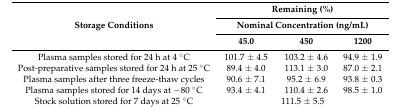
<table><thead><tr><td rowspan="3"><b>Storage Conditions</b></td><td colspan="3"><b>Remaining (%)</b></td></tr><tr><td colspan="3"><b>Nominal Concentration (ng/mL)</b></td></tr><tr><td><b>45.0</b></td><td><b>450</b></td><td><b>1200</b></td></tr></thead><tbody><tr><td>Plasma samples stored for 24 h at 4 °C</td><td>101.7 ± 4.5</td><td>103.2 ± 4.6</td><td>94.9 ± 1.9</td></tr><tr><td>Post-preparative samples stored for 24 h at 25 °C</td><td>89.4 ± 4.0</td><td>113.1 ± 3.0</td><td>87.0 ± 2.1</td></tr><tr><td>Plasma samples after three freeze-thaw cycles</td><td>90.6 ± 7.1</td><td>95.2 ± 6.9</td><td>93.8 ± 0.3</td></tr><tr><td>Plasma samples stored for 14 days at −80 °C</td><td>93.4 ± 4.1</td><td>110.4 ± 2.6</td><td>98.5 ± 1.0</td></tr><tr><td>Stock solution stored for 7 days at 25 °C</td><td colspan="3">111.5 ± 5.5</td></tr></tbody></table>